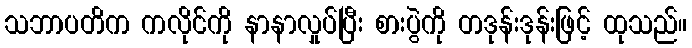
သဘာပတိက ကလိုင်ကို နာနာလှုပ်ပြီး စားပွဲကို တဒုန်းဒုန်းဖြင့် ထုသည်။